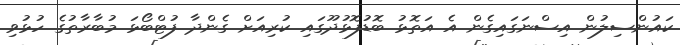
ކައުންސިލުން އިސްނަގައިގެން އެ އަތޮޅު ބޮޑުފޮޅުދޫގައި ކުރިއަށް ގެންދާ ފުޓްބޯޅަ މުބާރާތުގެ ހުޅުވި